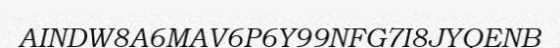
AINDW8A6MAV6P6Y99NFG7I8JYQENB